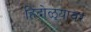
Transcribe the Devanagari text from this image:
हिंदोळ्यावर